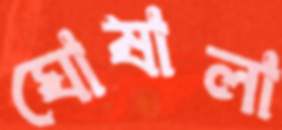
ঘোষালা